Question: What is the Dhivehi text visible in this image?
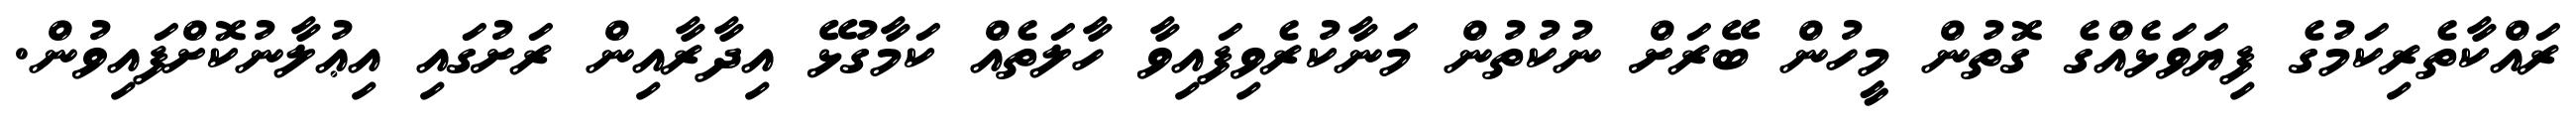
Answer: ރައްކާތެރިކަމުގެ ފިޔަވަޅެއްގެ ގޮތުން މީހުން ބޭރަށް ނުކުތުން މަނާކުރެވިފައިވާ ހާލަތެއް ކަމާގުޅޭ އިދާރާއިން ރަށުގައި އިޢުލާނުކޮށްފައިވުން.